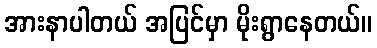
အားနာပါတယ် အပြင်မှာ မိုးရွာနေတယ်။